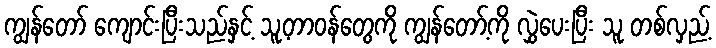
ကျွန်တော် ကျောင်းပြီးသည်နှင့် သူ့တာဝန်တွေကို ကျွန်တော့်ကို လွှဲပေးပြီး သူ တစ်လှည့်